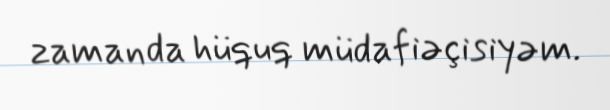
zamanda hüquq müdafiəçisiyəm.